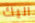
اليك